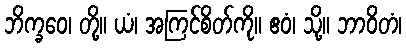
ဘိက္ခဝေ၊ တို့။ ယံ၊ အကြင်စိတ်ကို။ ဧဝံ၊ သို့။ ဘာဝိတံ၊